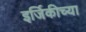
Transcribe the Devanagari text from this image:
इर्जिकीच्या